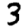
Digit: 3